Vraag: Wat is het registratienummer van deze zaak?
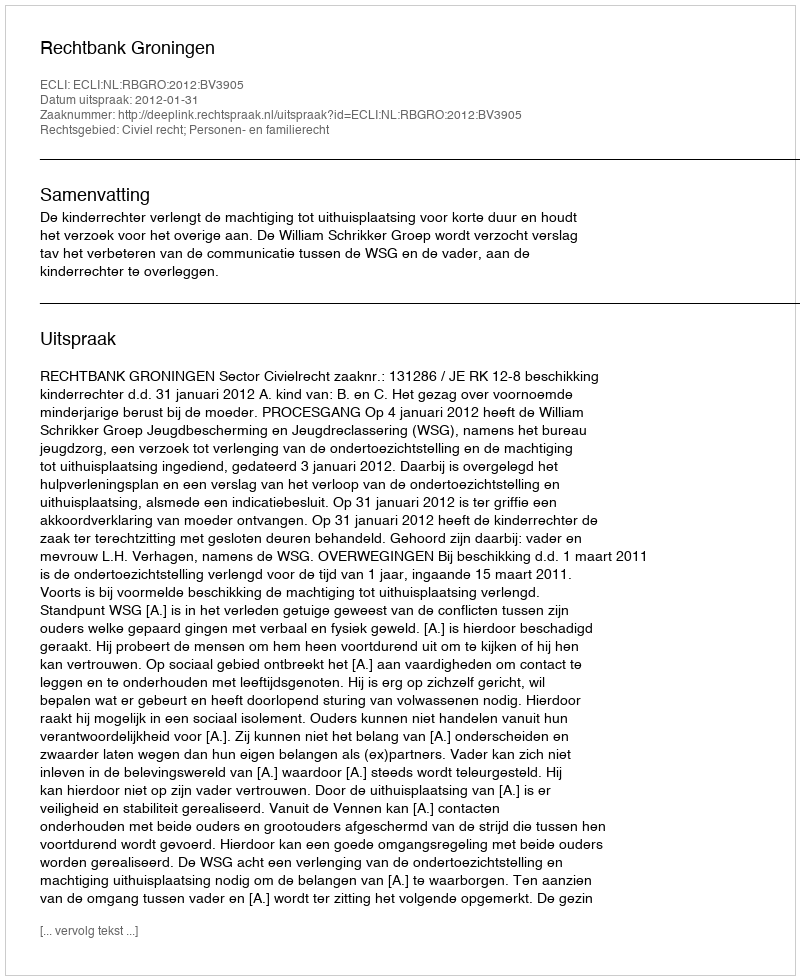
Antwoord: http://deeplink.rechtspraak.nl/uitspraak?id=ECLI:NL:RBGRO:2012:BV3905